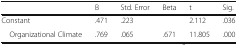
<table><thead><tr><td></td><td><b>B</b></td><td><b>Std. Error</b></td><td><b>Beta</b></td><td><b>t</b></td><td><b>Sig.</b></td></tr></thead><tbody><tr><td>Constant</td><td>.471</td><td>.223</td><td></td><td>2.112</td><td>.036</td></tr><tr><td> Organizational Climate</td><td>.769</td><td>.065</td><td>.671</td><td>11.805</td><td>.000</td></tr></tbody></table>